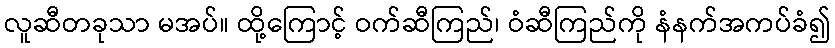
လူဆီတခုသာ မအပ်။ ထို့ကြောင့် ဝက်ဆီကြည်၊ ဝံဆီကြည်ကို နံနက်အကပ်ခံ၍